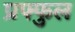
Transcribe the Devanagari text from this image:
प्रफ्फुल